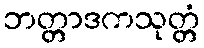
ဘတ္တာဒကသုတ္တံ